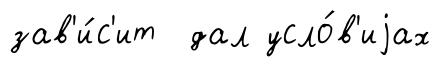
зав'и́с'ит дал усло́в'иjах